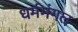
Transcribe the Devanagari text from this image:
धर्ममंगल